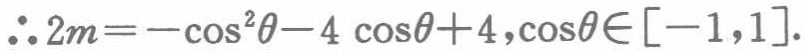
\(\therefore 2m = -\cos^{2}\theta - 4\cos\theta + 4,\cos\theta\in[-1,1].\)